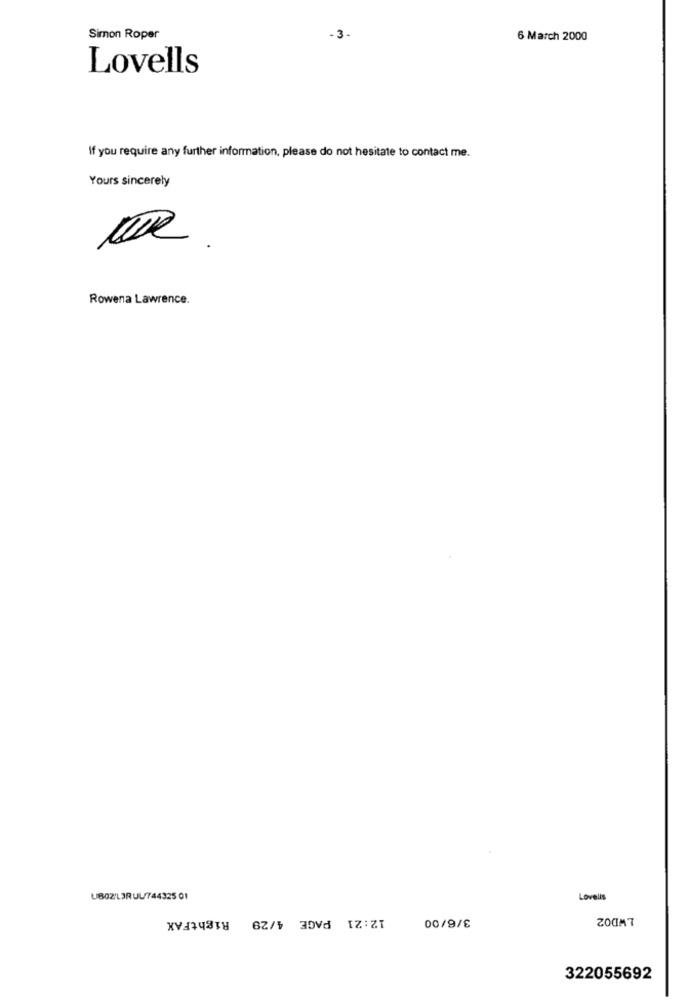
Simon Roper
6 March 2000
Lovells
If you require any further information, please do not hesitate to contact me.
Yours sincerely
Rowena Lawrence.
UB02'LIRUL/744325 01
Lovells
12:21 PAGE 4/29 RightFAX
ZOOM7
00/9/€
322055692